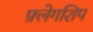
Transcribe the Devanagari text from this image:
फ़्लेगशिप